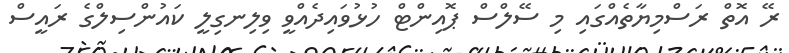
ރޭ އޮތް ރަސްމިޔާތެއްގައި މި ސޭލްސް ޕޮއިންޓް ހުޅުވައިދެއްވީ ވިލިނގިލީ ކައުންސިލްގެ ރައީސް